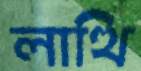
লাত্থি